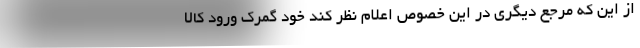
از این که مرجع دیگری در این خصوص اعلام نظر کند خود گمرک ورود کالا